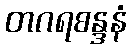
တဂရစန္ဒနံ